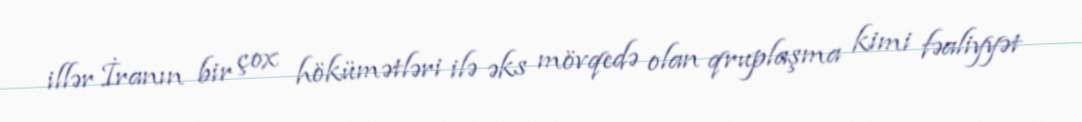
illər İranın bir çox hökümətləri ilə əks mövqedə olan qruplaşma kimi fəaliyyət